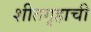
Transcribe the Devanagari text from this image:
शीतगृहाची